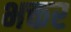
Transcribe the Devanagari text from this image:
भक्तर